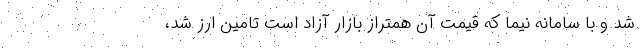
شد و با سامانه نیما که قیمت آن همتراز بازار آزاد است تامین ارز شد،